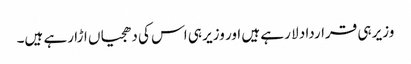
وزیر ہی قرارداد لا رہے ہیں اور وزیر ہی اس کی دھجیاں اڑا رہے ہیں۔